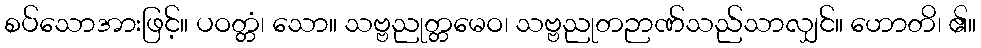
စပ်သောအားဖြင့်။ ပဝတ္တံ၊ သော။ သဗ္ဗညုတ္တမေဝ၊ သဗ္ဗညုတဉာဏ်သည်သာလျှင်။ ဟောတိ၊ ၏။